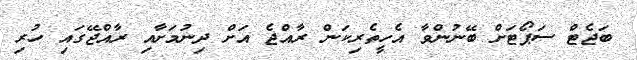
ބަޖެޓް ސަޕޯޓަށް ބޭނުންވާ އެހީތެރިކަން ރާއްޖެ އަށް ދިނުމަށާއި ރާއްޖޭގައި ހުރި